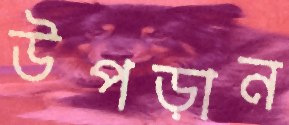
উপড়ান